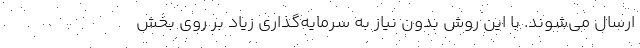
ارسال می‌شوند. با این روش بدون نیاز به سرمایه‌گذاری زیاد بر روی بخش